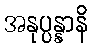
အနုပ္ပန္နာနိ